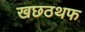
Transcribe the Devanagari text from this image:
खछठथफ